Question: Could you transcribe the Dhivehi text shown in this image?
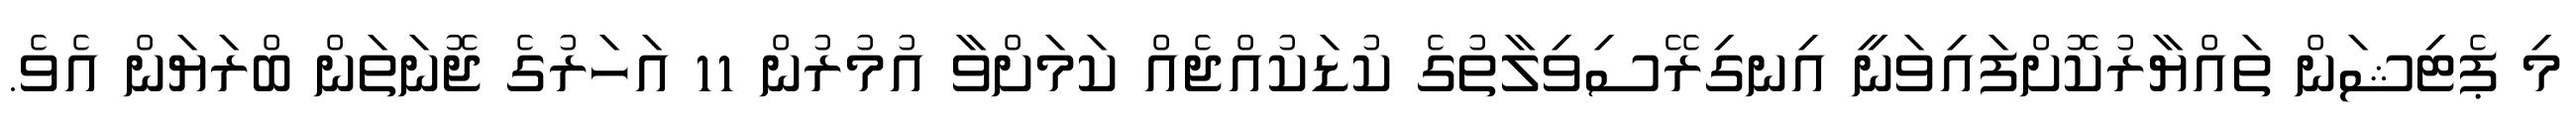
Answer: މި ޕެޓިޝަން ތައްޔާރުކޮށްފައިވަނީ އިނގިރޭސިވިލާތުގެ ކުޑަކުއްޖެއް ކަމަށްވާ އުމުރުން 11 އަހަރުގެ ޖޮނަތަން ބްރަޔަން އެވެ.